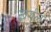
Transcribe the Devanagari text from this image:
खर्गल